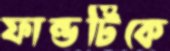
ফান্ডটিকে